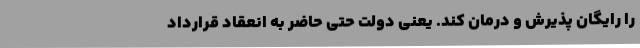
را رایگان پذیرش و درمان کند. یعنی دولت حتی حاضر به انعقاد قرارداد